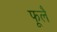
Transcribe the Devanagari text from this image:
फूलै